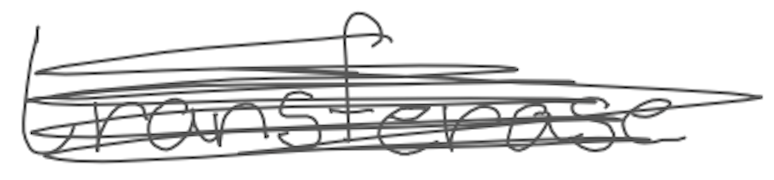
Text: transferase
Cross-out: scratch
Writing tool: digital_gray